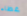
غطاء